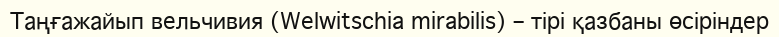
Таңғажайып вельчивия (Welwitschia mirabilis) – тірі қазбаны өсіріндер